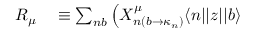
\begin{array} { r l } { R _ { \mu } } & { { } \equiv \sum _ { n b } \left( X _ { n \left( b \rightarrow \kappa _ { n } \right) } ^ { \mu } \langle n | | z | | b \rangle \right. } \end{array}